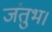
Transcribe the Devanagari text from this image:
जंतुभ।